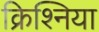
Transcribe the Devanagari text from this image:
क्रिश्निया